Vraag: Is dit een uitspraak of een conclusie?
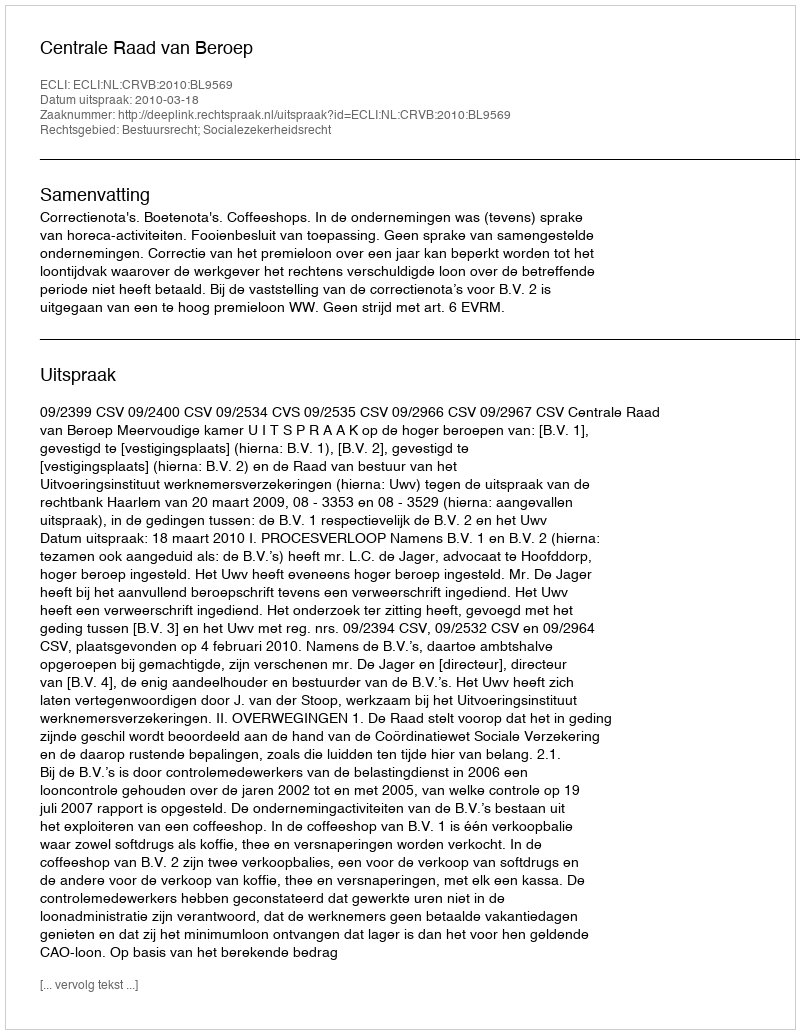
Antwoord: Uitspraak